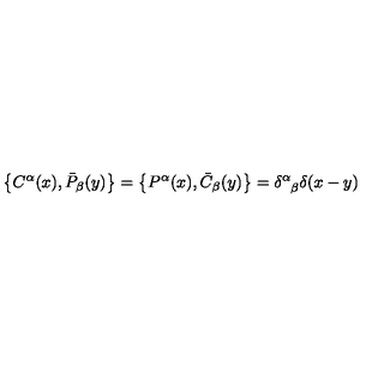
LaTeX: \left\{ C ^ { \alpha } ( x ) , \bar { P } _ { \beta } ( y ) \right\} = \left\{ P ^ { \alpha } ( x ) , \bar { C } _ { \beta } ( y ) \right\} = \delta _ { \hphantom { \alpha } \beta } ^ { \alpha } \delta ( x - y )